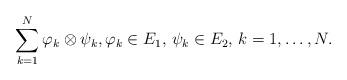
LaTeX: \begin{align*} \sum\limits_{k=1}^{N} \varphi_k \otimes \psi_k, \varphi_k \in E_1, \, \psi_k\in E_2, \, k = 1,\ldots,N.\end{align*}